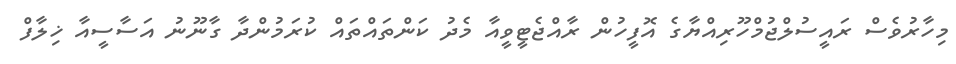
މިހާރުވެސް ރައީސުލްޖުމްހޫރިއްޔާގެ އޮފީހުން ރާއްޖެޓީވީއާ މެދު ކަންތައްތައް ކުރަމުންދާ ގާނޫނު އަސާސީއާ ޚިލާފް